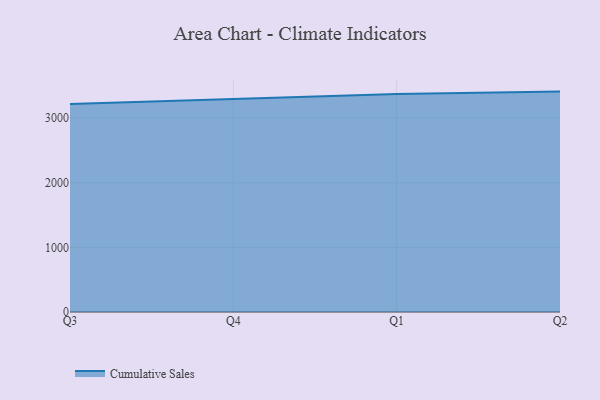
{"axis": {"x": "Quarter", "y": "Waste Production (Tons)"}, "legend": ["Cumulative Sales"], "data": [{"x": "Q3", "y": 3216.3, "type": "Cumulative Sales"}, {"x": "Q4", "y": 3299.1, "type": "Cumulative Sales"}, {"x": "Q1", "y": 3372.2, "type": "Cumulative Sales"}, {"x": "Q2", "y": 3409.2, "type": "Cumulative Sales"}]}